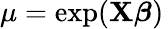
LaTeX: \mu=\exp(\mathbf{X}{\boldsymbol{\beta}})\,